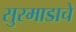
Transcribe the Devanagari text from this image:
सुरमाडाचे